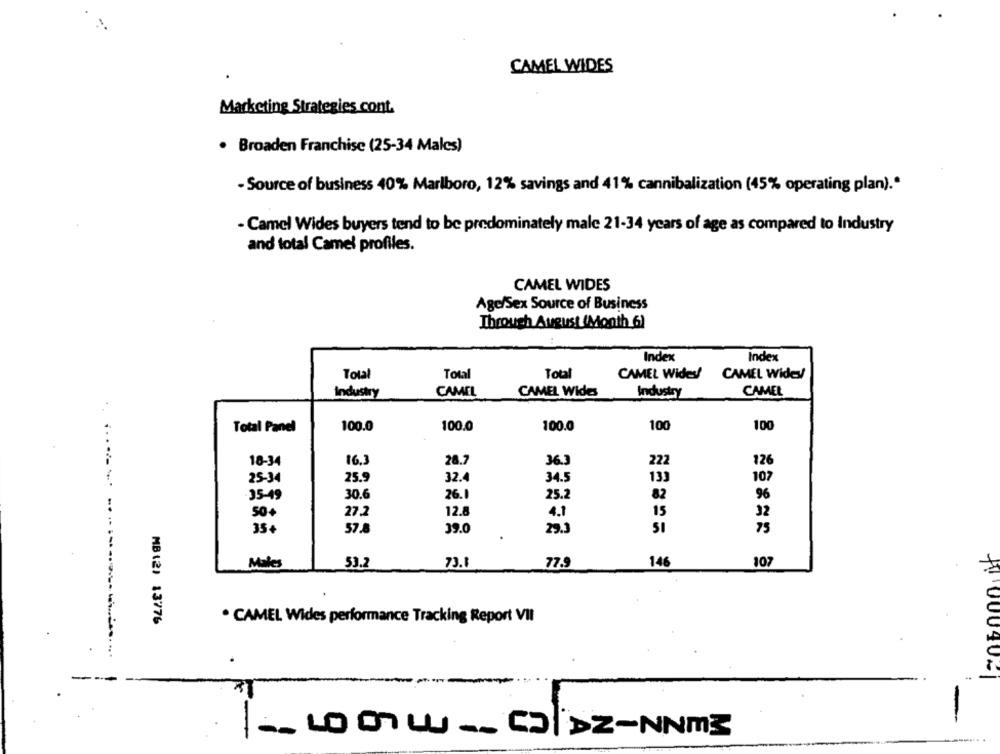
CAMEL WIDES
Marketing Strategies cont.
· Broaden Franchise (25-34 Males)
- Source of business 40% Marlboro, 12% savings and 41% cannibalization (45% operating plan) .*
- Camel Wides buyers tend to be predominately male 21-34 years of age as compared to Industry
and total Camel profiles.
CAMEL WIDES
Age/Sex Source of Business
Through August (Month 6)
Index
Index
Total
Total
Total
CAMEL Wides!
CAMEL Widey
CAMEL
CAMEL Wides
Industry
CAMEL
Industry
Total Panel
100.0
100.0
100.0
100
100
18-34
16,3
28.7
36.3
222
126
.......
25-34
25.9
32.4
34.5
139
107
35-49
30.6
26.1
25.2
82
96
50+
27.2
12.8
15
32
4.1
57.8
75
35+
39.0
29.
51
Males
53.2
73.1
77.9
146
107
. CAMEL Wides performance Tracking Report VII
MB12) 13776
+ 00040-1
-
LOW __ CODE-NNM3